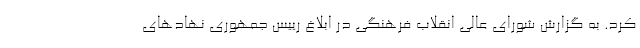
کرد. به گزارش شورای عالی انقلاب فرهنگی در ابلاغ رییس جمهوری نهادهای